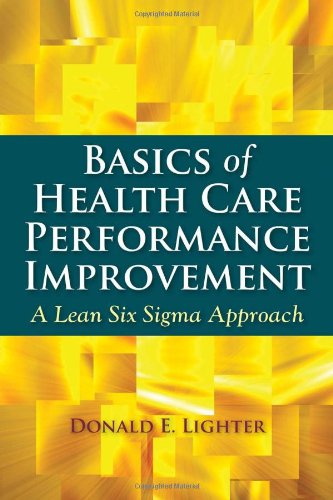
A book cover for Basics Of Health Care Performance Improvement: A Lean Six Sigma Approach; Donald Lighter; Medical Books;